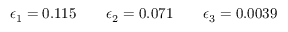
\begin{array} { r } { \epsilon _ { 1 } = 0 . 1 1 5 \qquad \epsilon _ { 2 } = 0 . 0 7 1 \qquad \epsilon _ { 3 } = 0 . 0 0 3 9 } \end{array}